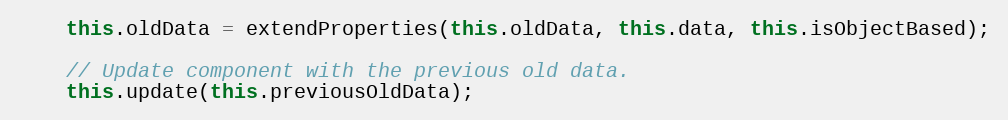
Language: JavaScript
    this.oldData = extendProperties(this.oldData, this.data, this.isObjectBased);

    // Update component with the previous old data.
    this.update(this.previousOldData);